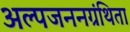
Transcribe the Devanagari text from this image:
अल्पजननग्रंथिता